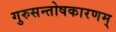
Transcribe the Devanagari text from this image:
गुरुसन्तोषकारणम्